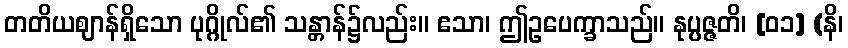
တတိယဈာန်ရှိသော ပုဂ္ဂိုလ်၏ သန္တာန်၌လည်း။ ဧသာ၊ ဤဥပေက္ခာသည်။ နုပ္ပဇ္ဇတိ၊ [၀၁] (နိ၊